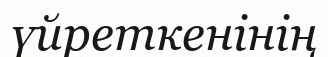
үйреткенінің